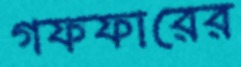
গফফারের